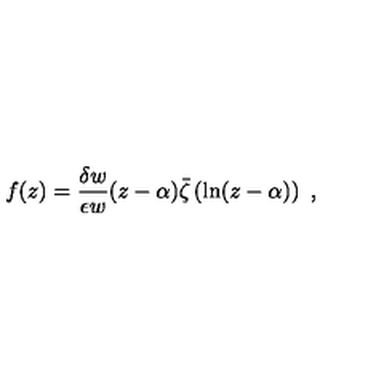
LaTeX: f ( z ) = \frac { \delta w } { \epsilon w } ( z - \alpha ) \bar { \zeta } \left( \ln ( z - \alpha ) \right) \ ,